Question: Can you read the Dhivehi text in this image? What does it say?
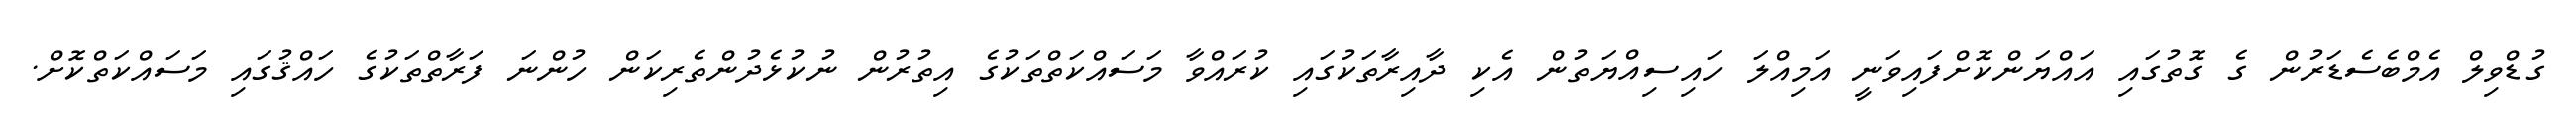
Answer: ގުޑްވިލް އެމްބެސެޑަރުން ގެ ގޮތުގައި އައްޔަންކޮށްފައިވަނީ އަމިއްލަ ހައިސިއްޔަތުން އެކި ދާއިރާތަކުގައި ކުރައްވާ މަސައްކަތްތަކުގެ އިތުރުން ނުކުޅެދުންތެރިކަން ހުންނަ ފަރާތްތަކުގެ ހައްޤުގައި މަސައްކަތްކޮށް.